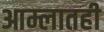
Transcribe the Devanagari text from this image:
आम्लातही